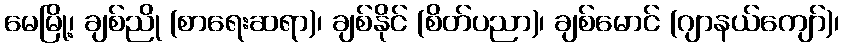
မေမြို့၊ ချစ်ညို (စာရေးဆရာ)၊ ချစ်နိုင် (စိတ်ပညာ)၊ ချစ်မောင် (ဂျာနယ်ကျော်)၊